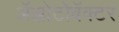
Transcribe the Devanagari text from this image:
अॅझोटोबॅक्टर